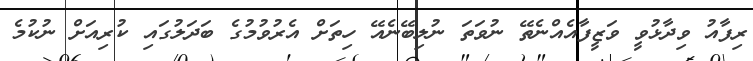
ރިފާއު ވިދާޅުވީ ވަޒީފާއެއްނެތޭ ނުވަތަ ނުލިބޭނެއޭ ހިތަށް އެރުވުމުގެ ބަދަލުގައި ކުރިއަށް ނުކުމެ